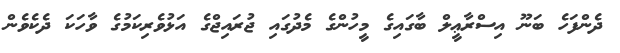
ދެންފަހެ ބަނޫ އިސްރާޢީލް ބާގައިގެ މީހުންގެ މެދުގައި ޖުރައިޖްގެ އަޅުވެރިކަމުގެ ވާހަކަ ދެކެވެން